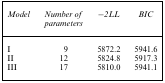
| Model | Number of parameters | −2LL | BIC |
 | --- | --- | --- | --- |
 | I | 9 | 5872.2 | 5941.6 |
 | II | 12 | 5824.8 | 5917.3 |
 | III | 17 | 5810.0 | 5941.1 |